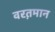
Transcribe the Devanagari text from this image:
वरत़़मान